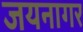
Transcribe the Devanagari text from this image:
जयनागर